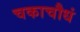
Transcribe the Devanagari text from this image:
चकाचौधं